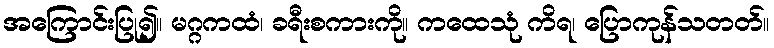
အကြောင်းပြု၍။ မဂ္ဂကထံ၊ ခရီးစကားကို။ ကထေသုံ ကိရ၊ ပြောကုန်သတတ်။